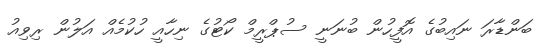
ބަންޑާރަ ނައިބުގެ އޮފީހުން ބުނަނީ ސުޕްރީމް ކޯޓުގެ ނިހާއީ ހުކުމެއް އަލުން ރިވިއު